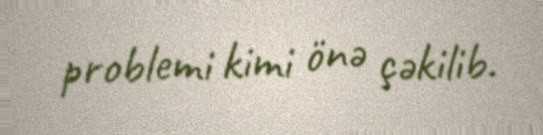
problemi kimi önə çəkilib.